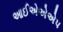
આઈએએએપ